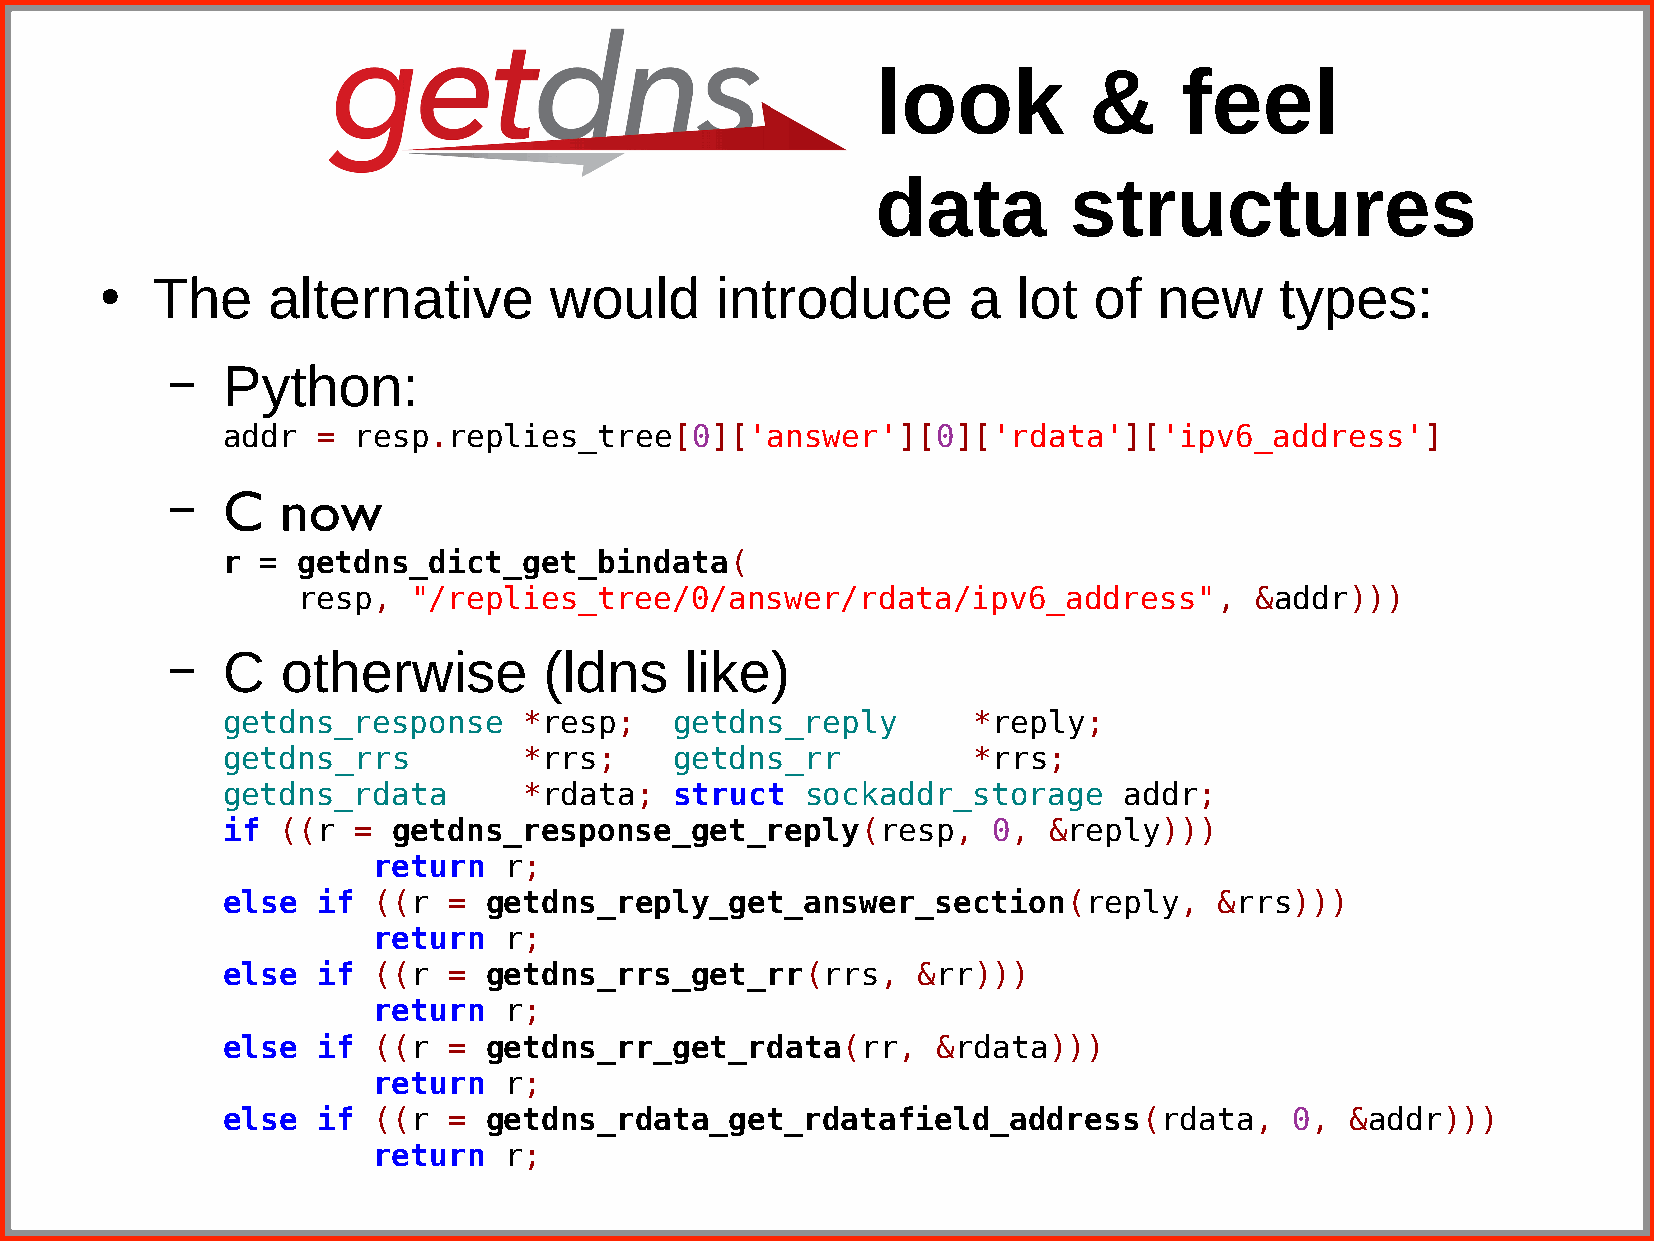
look          &     feel
 data         structures
 The     alternative       would      introduce        a  lot  of   new     types:
 ●
 –   Python:
 addr  = resp.replies_tree[0]['answer'][0]['rdata']['ipv6_address']
 –   C   now
 r =  getdns_dict_get_bindata(
 resp,  "/replies_tree/0/answer/rdata/ipv6_address",            &addr)))
 –   C   otherwise        (ldns    like)
 getdns_response     *resp;    getdns_reply       *reply;
 getdns_rrs          *rrs;     getdns_rr          *rrs;
 getdns_rdata        *rdata;   struct  sockaddr_storage     addr;
 if ((r  =  getdns_response_get_reply(resp,         0, &reply)))
 return  r;
 else  if  ((r  = getdns_reply_get_answer_section(reply,           &rrs)))
 return  r;
 else  if  ((r  = getdns_rrs_get_rr(rrs,       &rr)))
 return  r;
 else  if  ((r  = getdns_rr_get_rdata(rr,       &rdata)))
 return  r;
 else  if  ((r  = getdns_rdata_get_rdatafield_address(rdata,            0, &addr)))
 return  r;